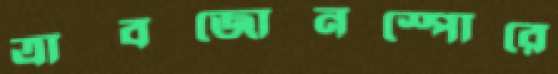
ত্রাবজোনস্পোরে